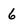
Character: 6